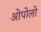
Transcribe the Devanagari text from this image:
ओपोलो